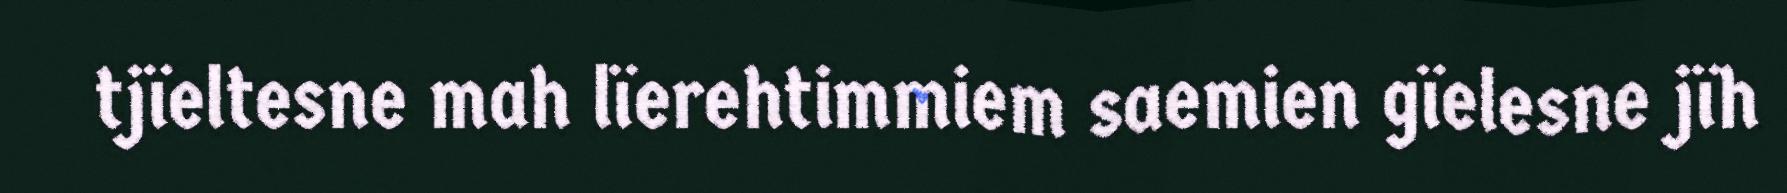
tjïeltesne mah lïerehtimmiem saemien gïelesne jïh